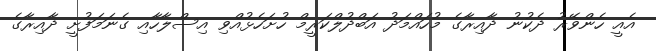
އެއީ ހެންވޭރު ދެކުނު ދާއިރާގެ މުހައްމަދު އަބްދުލްކަރީމް ހުށަހެޅުއްވި އިސްލާހާއި ގެނަމަފުށީ ދާއިރާގެ